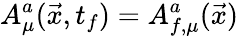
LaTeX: A_{\mu}^{a}(\vec{x},t_{f})=A_{f,\mu}^{a}(\vec{x})